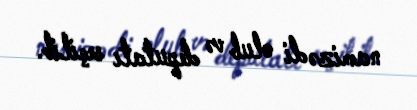
namizədi olub və deputatı seçilib.